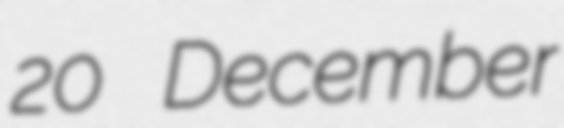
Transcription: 20 December